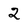
Character: 2